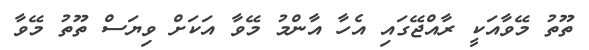
ތޫތު މޭވާއަކީ ރާއްޖޭގައި އެހާ އާންމު މޭވާ އަކަށް ވިޔަސް ތޫތު މޭވާ